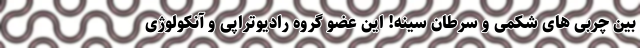
بین چربی های شکمی و سرطان سینه! این عضو گروه رادیوتراپی و آنکولوژی